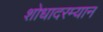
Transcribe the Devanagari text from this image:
शोधादरम्यान